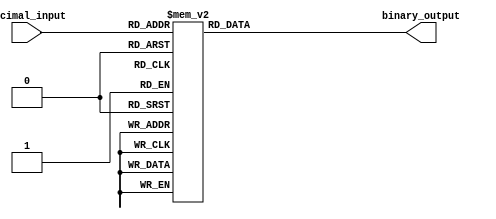
module DecimalToBinaryEncoder (
    input [3:0] decimal_input,  // 4-bit decimal input
    output reg [3:0] binary_output // 4-bit binary output
);

    always @(*) begin
        case (decimal_input)
            4'b0000: binary_output = 4'b0000; // 0
            4'b0001: binary_output = 4'b0001; // 1
            4'b0010: binary_output = 4'b0010; // 2
            4'b0011: binary_output = 4'b0011; // 3
            4'b0100: binary_output = 4'b0100; // 4
            4'b0101: binary_output = 4'b0101; // 5
            4'b0110: binary_output = 4'b0110; // 6
            4'b0111: binary_output = 4'b0111; // 7
            4'b1000: binary_output = 4'b1000; // 8
            4'b1001: binary_output = 4'b1001; // 9
            default: binary_output = 4'b0000; // Default output for invalid inputs
        endcase
    end

endmodule